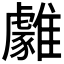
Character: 𩁋